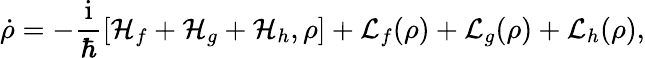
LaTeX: \dot{\rho}=-\frac{\mathrm{i}}{\hbar}[\mathcal{H}_{f}+\mathcal{H}_{g}+\mathcal{H}_{h},\rho]+\mathcal{L}_{f}(\rho)+\mathcal{L}_{g}(\rho)+\mathcal{L}_{h}(\rho),